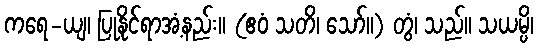
ကရေ-ယျ၊ ပြုနိုင်ရာအံ့နည်း။ (ဧဝံ သတိ၊ သော်။) တွံ၊ သည်။ သယမ္ပိ၊